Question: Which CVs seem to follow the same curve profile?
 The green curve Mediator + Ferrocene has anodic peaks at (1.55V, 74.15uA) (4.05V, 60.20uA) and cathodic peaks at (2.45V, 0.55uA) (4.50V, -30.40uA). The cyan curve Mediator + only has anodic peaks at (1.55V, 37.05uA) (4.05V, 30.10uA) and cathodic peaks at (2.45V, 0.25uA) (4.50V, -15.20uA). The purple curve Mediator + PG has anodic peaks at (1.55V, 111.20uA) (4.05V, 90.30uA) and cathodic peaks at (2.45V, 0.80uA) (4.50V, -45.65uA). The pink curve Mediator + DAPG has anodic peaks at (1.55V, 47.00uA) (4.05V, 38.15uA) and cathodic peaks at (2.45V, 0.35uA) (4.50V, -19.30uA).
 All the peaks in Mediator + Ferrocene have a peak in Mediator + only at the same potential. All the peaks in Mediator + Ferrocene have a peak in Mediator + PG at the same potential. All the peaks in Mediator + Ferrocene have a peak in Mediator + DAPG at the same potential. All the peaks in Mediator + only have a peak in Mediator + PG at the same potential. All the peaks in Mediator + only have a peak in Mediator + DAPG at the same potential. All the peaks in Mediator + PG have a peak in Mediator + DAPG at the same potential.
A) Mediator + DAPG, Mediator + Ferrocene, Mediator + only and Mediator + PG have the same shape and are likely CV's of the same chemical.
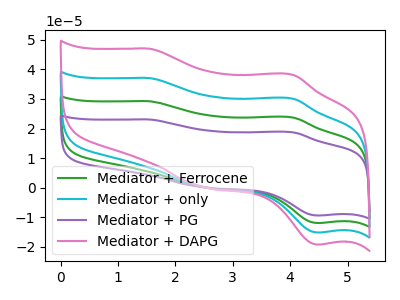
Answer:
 <answer>A) "Mediator + DAPG", "Mediator + Ferrocene", "Mediator + only" and "Mediator + PG" have the same shape and are likely CV's of the same chemical.</answer>
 <eval>A</eval>